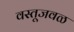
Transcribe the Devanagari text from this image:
वस्तूजवळ